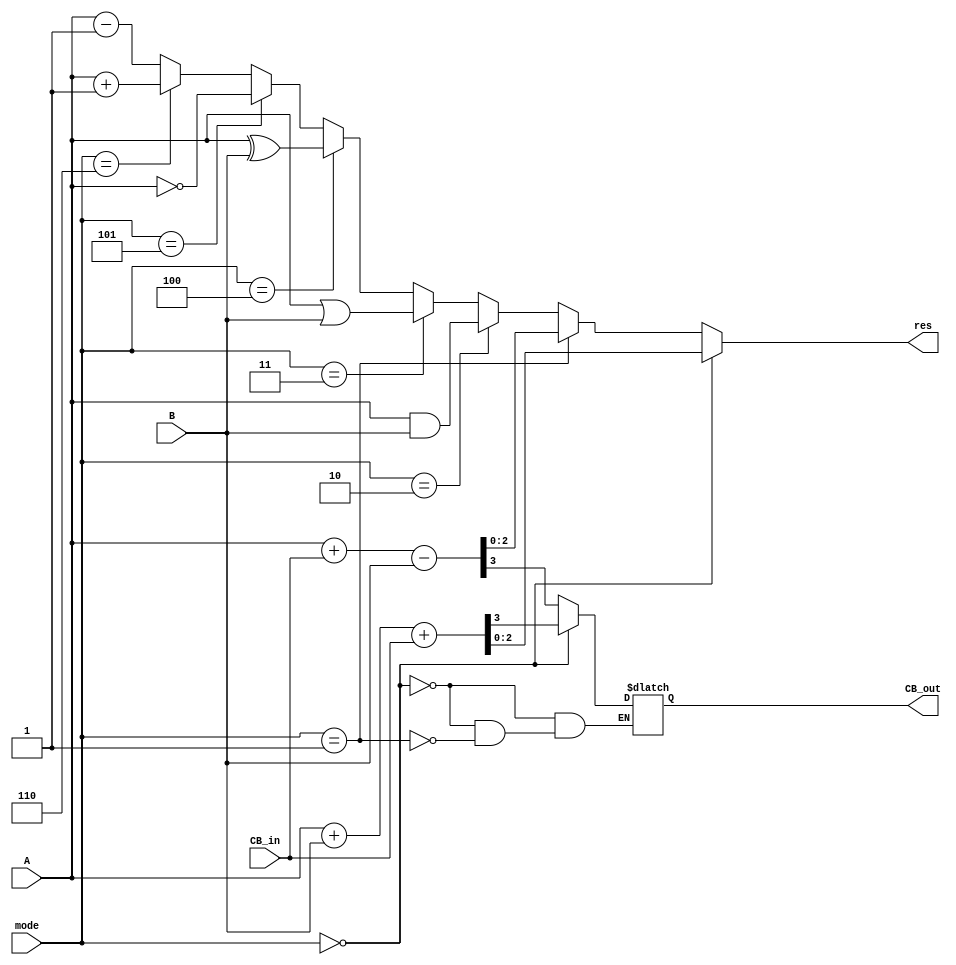
module ALU_Nbit
	#(parameter N = 3)
(
	input wire [(N-1):0] A, B,
	input wire CB_in,
	input wire [2:0] mode,
	output reg [(N-1):0] res,
	output reg CB_out
);

	always@(*)
	begin
	
		if(mode==3'b000)
			{CB_out, res} = A + B + CB_in;
		else if(mode==3'b001)
			{CB_out, res} = (A + CB_in) - B;
		else if(mode==3'b010)
			res = A&B;
		else if(mode==3'b011)
			res = A|B;
		else if(mode==3'b100)
			res = A^B;
		else if(mode==3'b101)
			res = ~A;
		else if(mode==3'b110)
			res = A + 1'b1;
		else
			res = A - 1'b1;	
	
	end
endmodule